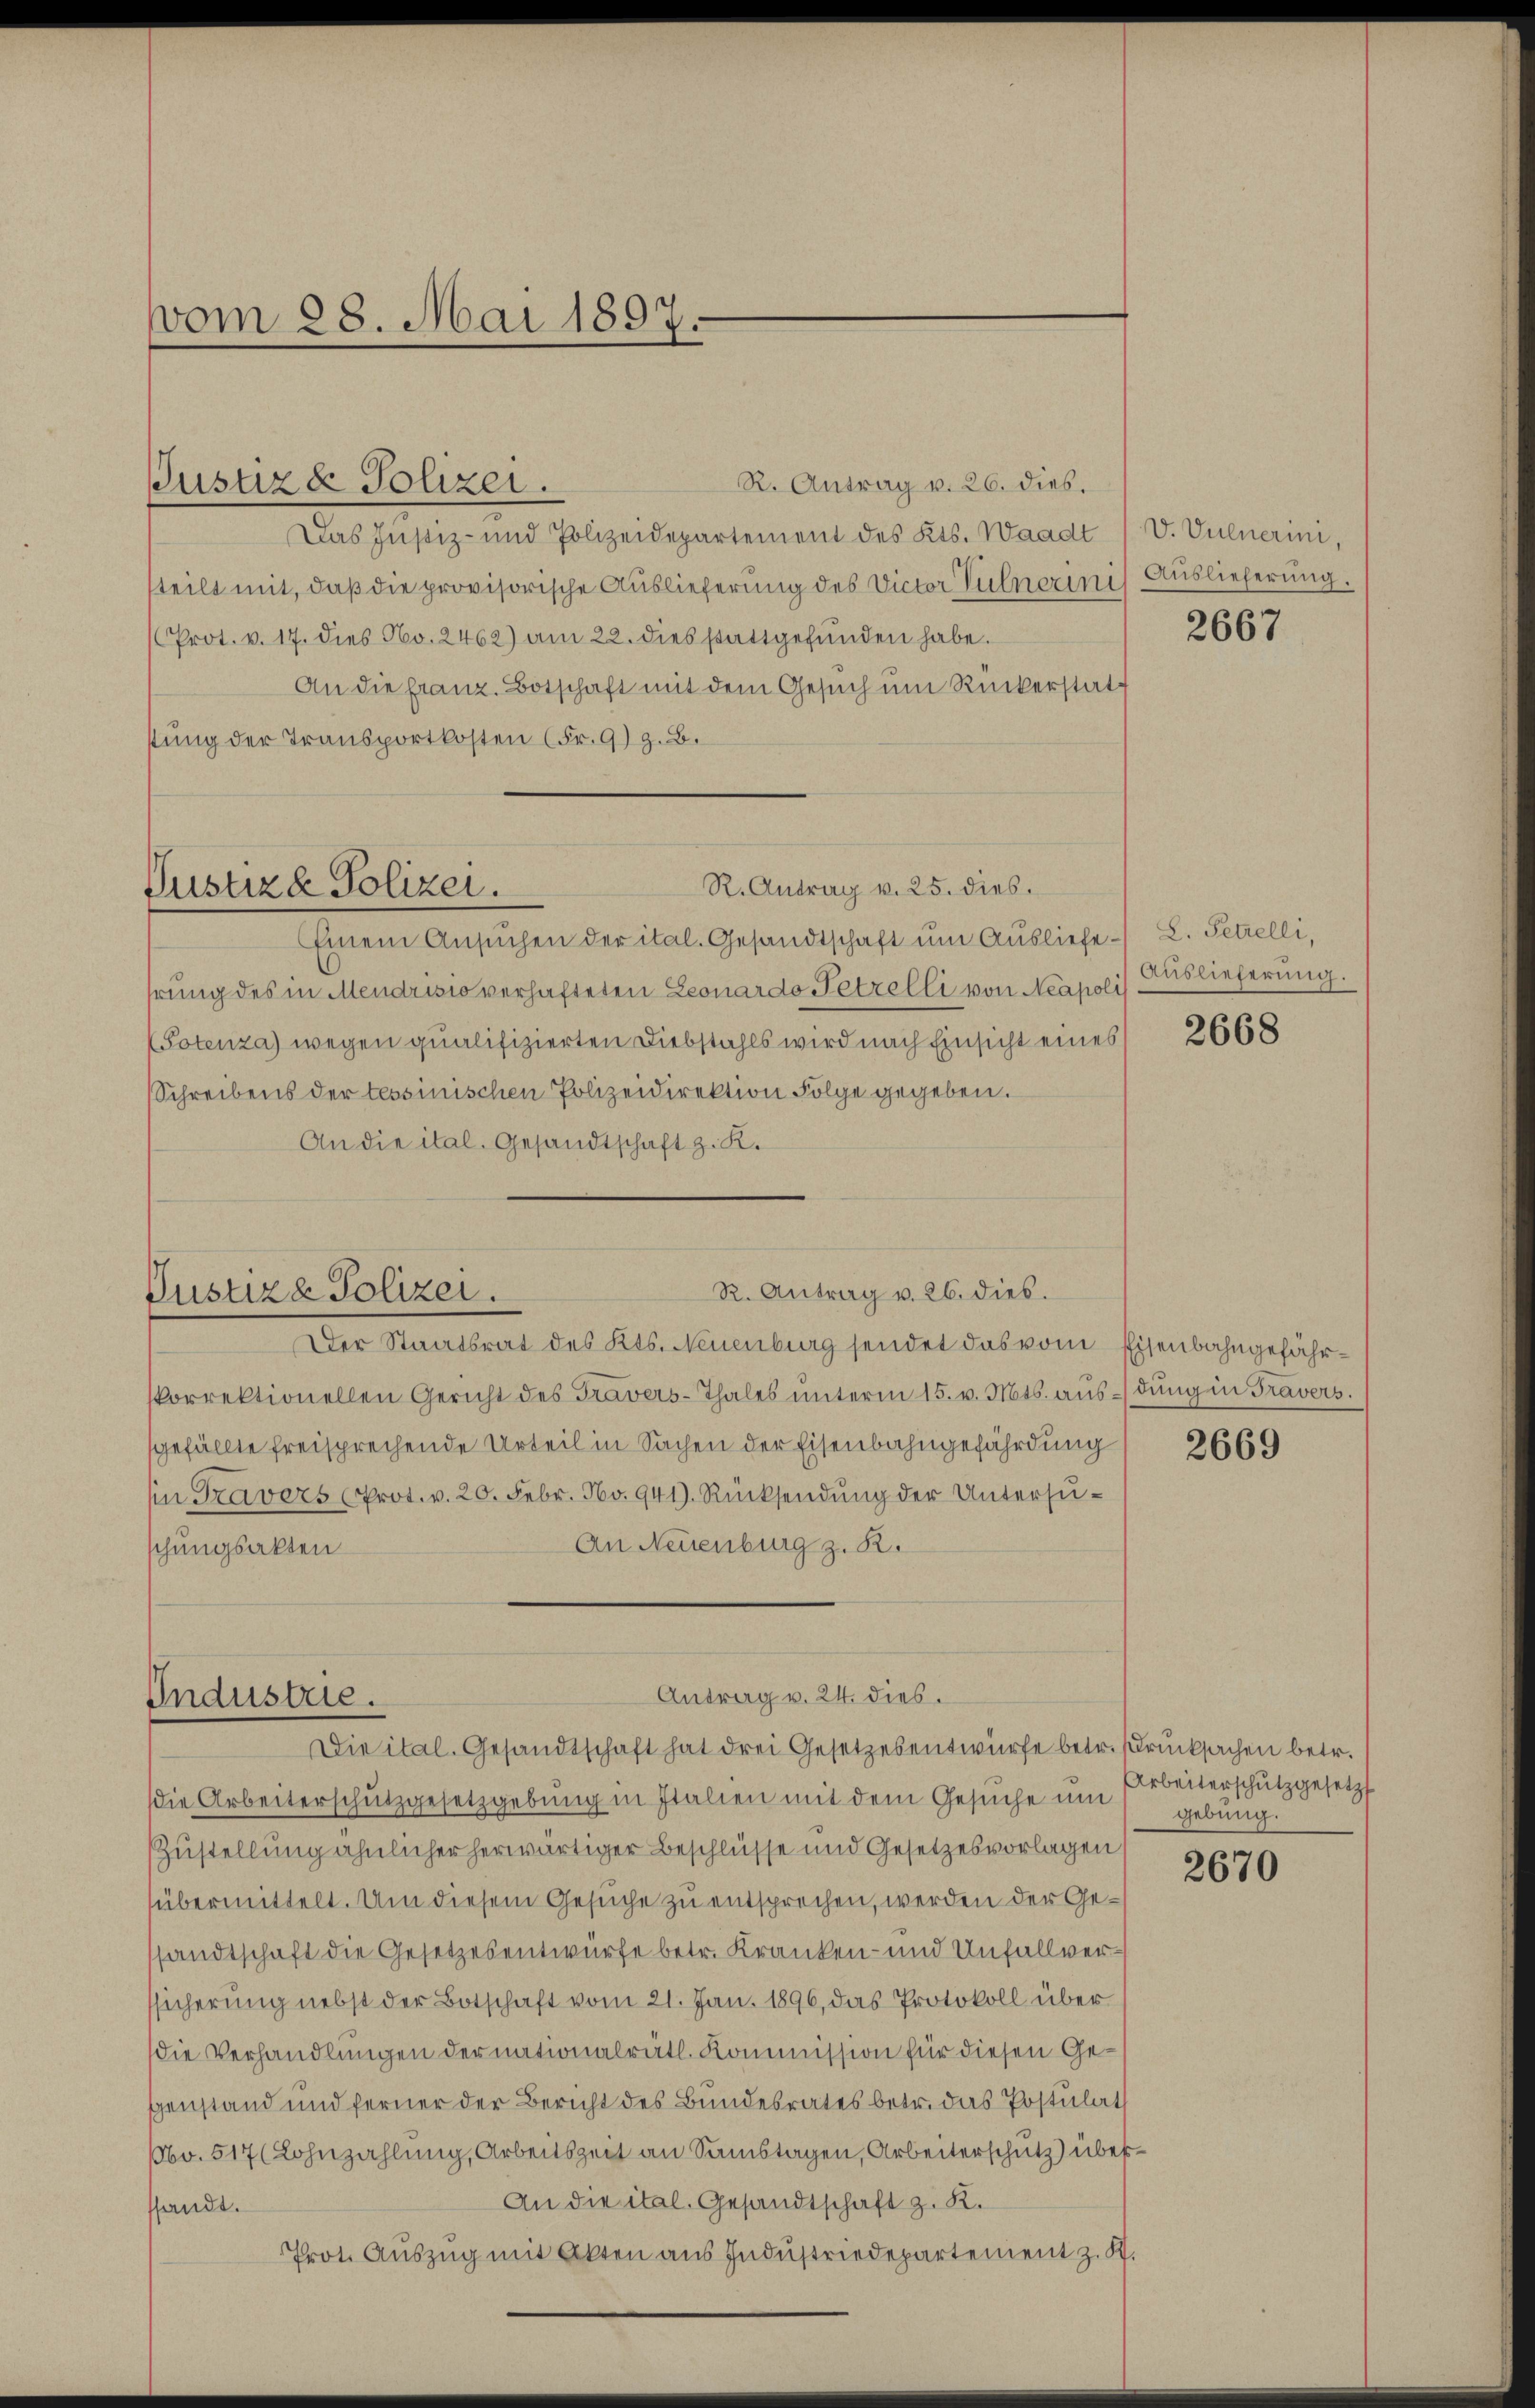
vom 28. Mai 1897.

Justiz & Polizei.

R. Antrag v. 26. dies.
Das Justiz- und Polizeidepartement des Kts. Waadt
steilt mit, daß die provisorische Auslieferung des Victor Vulnerini) Auslieferung.
(Prot. v. 17. dies No. 2462) am 22. dies stattgefŭnden habe.
An die franz. Botschaft mit dem Gesŭch ŭm Rückerstatstung der Transportkosten (Fr. 9) z. B.
R. Antrag v. 25. dies.
Justiz & Polizei.
Einem Ansŭchen der ital. Gesandtschaft ŭm Ausliefe L. Setzelli,
hrung des in Mendrisis verhafteten Leonardo Petrelli von Neapoli) Auslieferung.
(Totenza) wegen qualifizierten Diebstahls wird nach Einsicht eines
Schreibens der tessinischen Polizeidirektion Folge gegeben.
An die ital. Gesandtschaft z. K.

R. Antrag v. 26. dies.
Justiza Polizei.

Der Staatsrat des Kts. Neuenburg sendet das vom Eisenbahngefährkorrektionellen Gericht des Travers-Thales unterm 15. v. Mts. ausdung in Travers.
gefällte freisprechende Urteil in Sachen der Eisenbahngefährdung
in Travers (Prot. v. 20. Febr. No. 941). Rücksendŭng der Untersu¬
An Neuenburg z. B.
schungsakten

Antrag v. 24. dies
Industrie.
Die ital. Gesandtschaft hat drei Gesetzesentwürfe betr. Drucksachen betr.

die Arbeiterschützgesetzgebung in Italien mit dem Gesŭche um
Zustellung ähnlicher herwärtiger Beschlüsse und Gesetzesvorlagen
übermittelt. Um diesem Gesuche zu entsprechen, werden der Gesandtschaft die Gesetzesentwürfe betr. Kranken- und Unfallverssicherung nebst der Botschaft vom 21. Jan. 1896, das Protokoll über
die Verhandlungen der nationalrätl. Kommission für diesen Gegenstand und ferner der Bericht des Bundesrates betr. das Postulat
Obo. 517 (Lohnzahlung, Arbeitszeit an Samstagen, Arbeiterschutz) über¬
An die ital. Gesandtschaft z. K.
shandt.
Prot. Auszug mit Akten aus Industriedepartement z. K.

V. Vulnerini,

2667

2668

2669

Arbeiterschŭtz gesetzt
gebung.

2670